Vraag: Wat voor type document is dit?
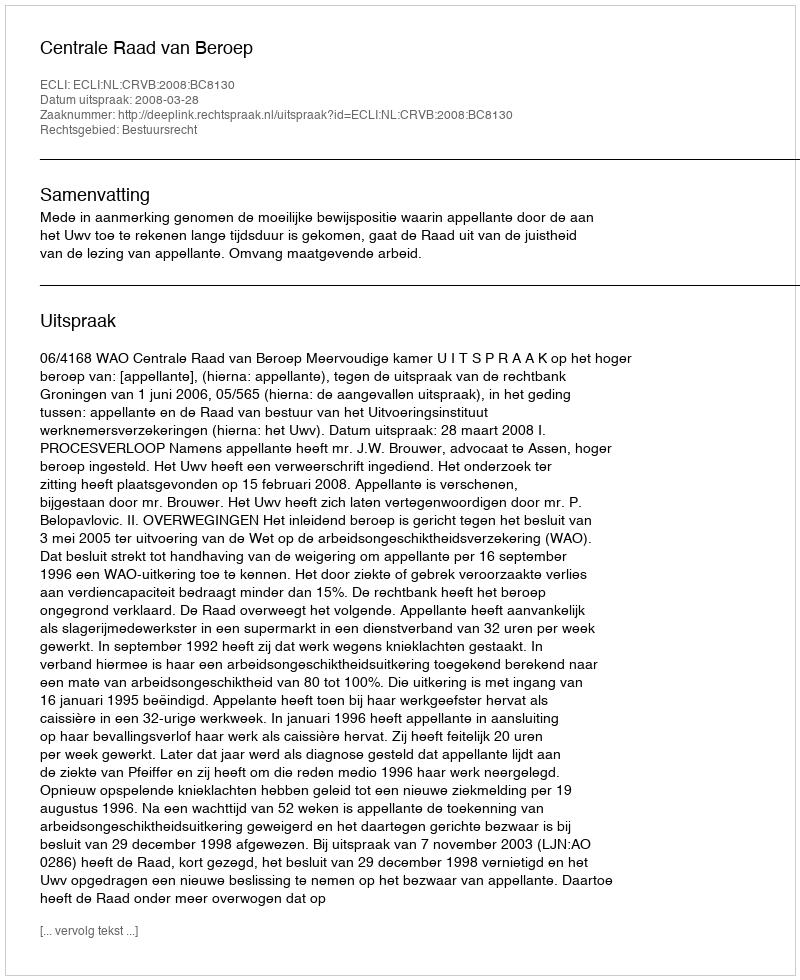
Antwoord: Uitspraak